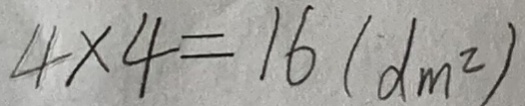
4 \times 4 = 1 6 ( d m ^ { 2 } )